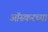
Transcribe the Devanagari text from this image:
ऑस्करच्या